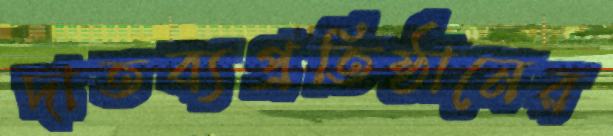
দাতব্যপ্রতিষ্ঠানের